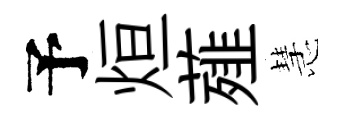
予烜薤慧